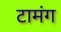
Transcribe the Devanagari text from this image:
टामंग